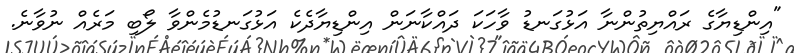
"އިންޑިޔާގެ ރައްޔިތުންނާ އަޅުގަނޑު ވާހަކަ ދައްކާނަން އިންޑިޔާދެކެ އަޅުގަނޑުމެންވާ ލޯބި މަރެއް ނުވާނެ.